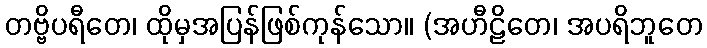
တဗ္ဗိပရီတေ၊ ထိုမှအပြန်ဖြစ်ကုန်သော။ (အဟီဠိတေ၊ အပရိဘူတေ